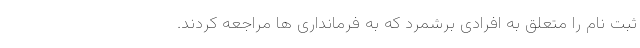
ثبت نام را متعلق به افرادی برشمرد که به فرمانداری ها مراجعه کردند.